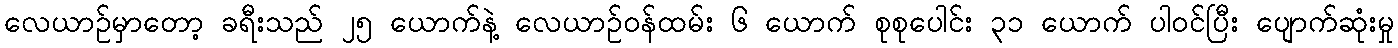
လေယာဉ်မှာတော့ ခရီးသည် ၂၅ ယောက်နဲ့ လေယာဉ်ဝန်ထမ်း ၆ ယောက် စုစုပေါင်း ၃၁ ယောက် ပါဝင်ပြီး ပျောက်ဆုံးမှု